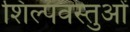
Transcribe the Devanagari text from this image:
शिल्पवस्तुओं